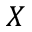
X